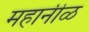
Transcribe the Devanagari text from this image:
महानीळ